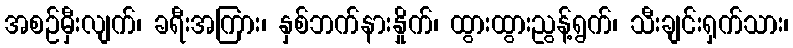
အစဉ်မှီးလျက်၊ ခရီးအကြား၊ နှစ်ဘက်နားနှိုက်၊ ထွားထွားညွန့်ရွက်၊ သီးချင်းရှက်သား၊